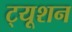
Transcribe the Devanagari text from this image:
ट्‍यूशन